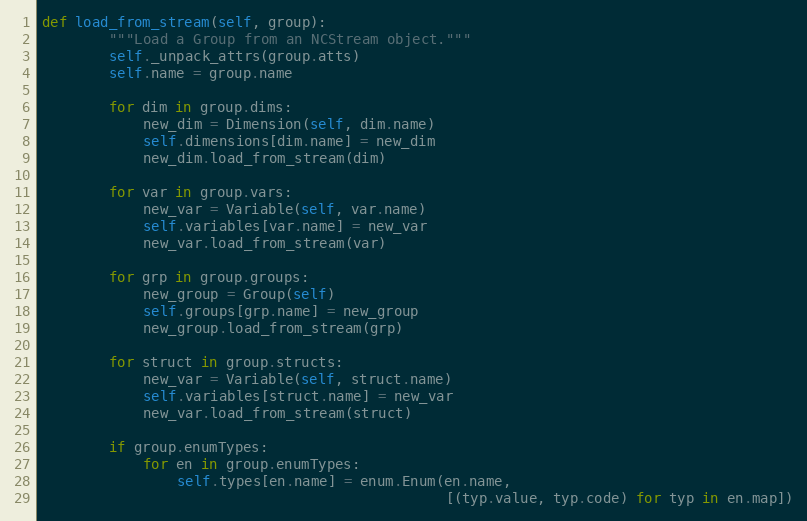
Language: Python
def load_from_stream(self, group):
        """Load a Group from an NCStream object."""
        self._unpack_attrs(group.atts)
        self.name = group.name

        for dim in group.dims:
            new_dim = Dimension(self, dim.name)
            self.dimensions[dim.name] = new_dim
            new_dim.load_from_stream(dim)

        for var in group.vars:
            new_var = Variable(self, var.name)
            self.variables[var.name] = new_var
            new_var.load_from_stream(var)

        for grp in group.groups:
            new_group = Group(self)
            self.groups[grp.name] = new_group
            new_group.load_from_stream(grp)

        for struct in group.structs:
            new_var = Variable(self, struct.name)
            self.variables[struct.name] = new_var
            new_var.load_from_stream(struct)

        if group.enumTypes:
            for en in group.enumTypes:
                self.types[en.name] = enum.Enum(en.name,
                                                [(typ.value, typ.code) for typ in en.map])